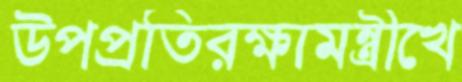
উপপ্রতিরক্ষামন্ত্রীখে